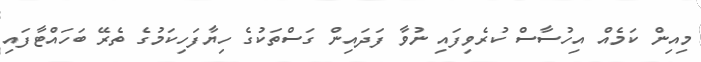
މިއިން ކަމެއް އިހުސާސް ކުރެވިފައި ނުވާ ފަދައިން ގަސްތަކުގެ ހިޔާފަހިކަމުގެ ތެރޭ ބަހައްޓާފައި